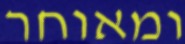
ומאוחר